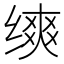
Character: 𬘾